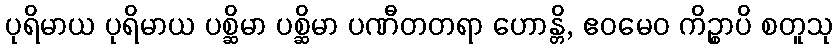
ပုရိမာယ ပုရိမာယ ပစ္ဆိမာ ပစ္ဆိမာ ပဏီတတရာ ဟောန္တိ, ဧဝမေဝ ကိဉ္စာပိ စတူသု